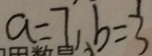
a = 7 , b = 3